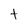
Character: t